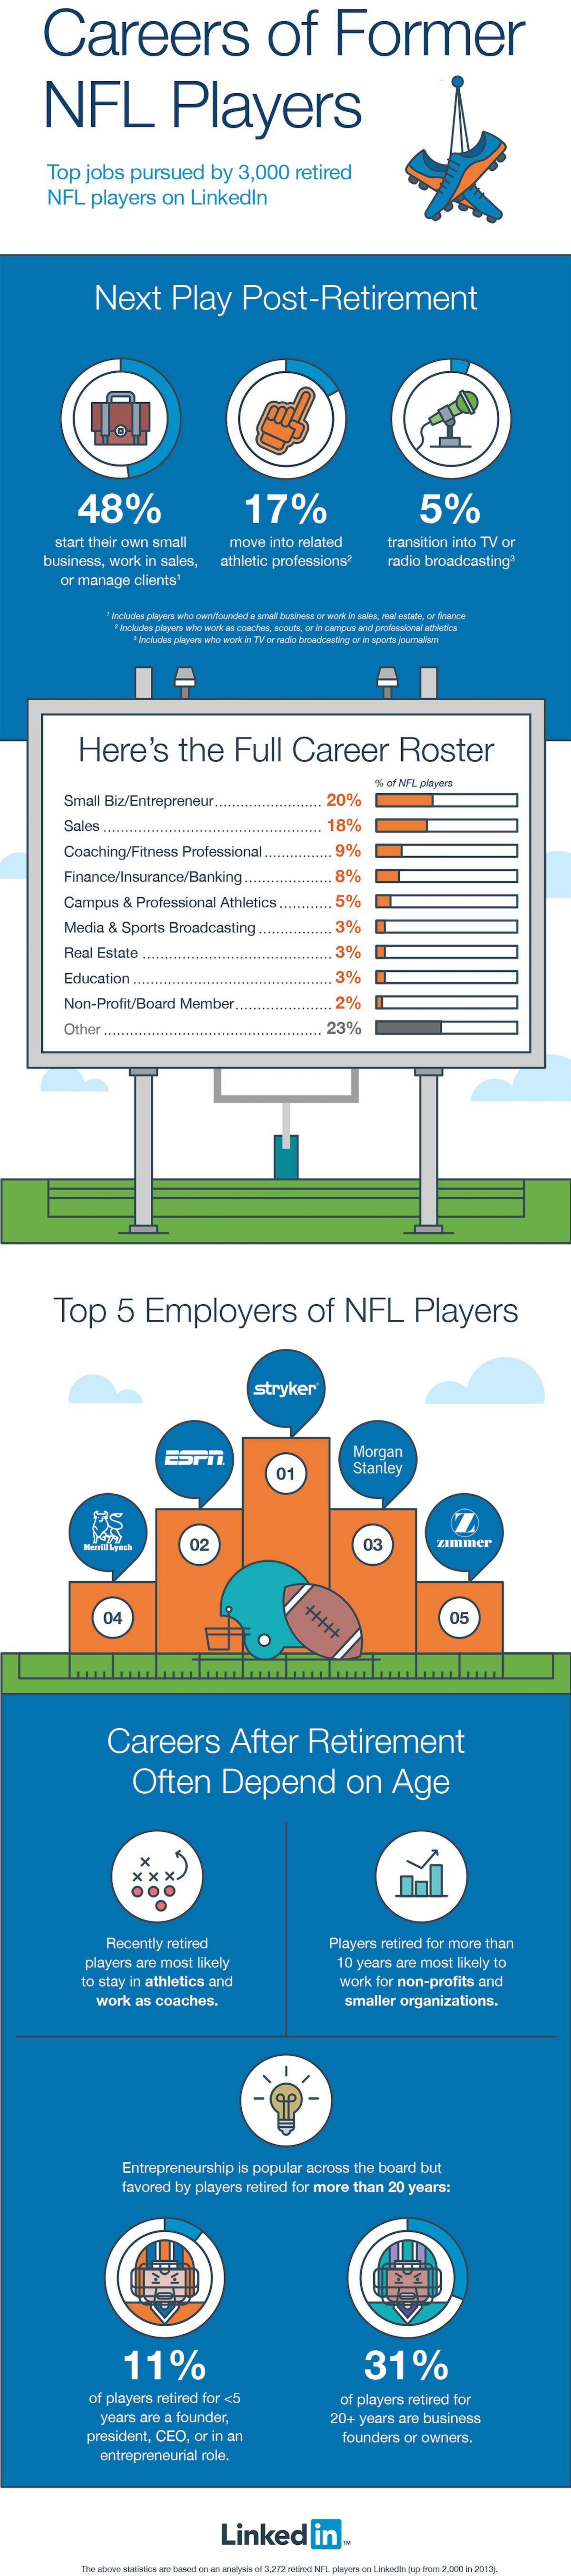
Careers    of    Former
     NFL    Players
     Top    jobs    pursued    by    3,000    retired
     NFL    players    on    Linkedin
     Next    Play    Post-Retirement
     Vol
     48%    17%    5%
     start their  own    small    move    into  related
     business,    work    in sales,
     transition   into   TV  or
     athletic  professions?    radio   broadcasting'
     or manage    clients'
     " Includes players acho owofounded a sowil' business or work in saint, mal esteen, or Sucos
     a Includes players acho work as coaches, scouts, or in cacspus and pinlesslocal attivies
     1 Inchdes plegers abe work lo TV' or radio broadcasting or in sports joomalies
     Here's    the    Full    Career    Roster
     % of NFL playart
     Small   Biz/Entrepreneur.    20%
     Sales  ..    18%
     Coaching/Fitness    Professional    9%
     Finance/Insurance/Banking.    ..... 8%
     Campus    &  Professional    Athletics    ..    5%
     Media    & Sports    Broadcasting    ......    3%
     Real  Estate    3%
     Education    ..    .. 3%
     Non-Profit/Board    Member    ..    2%
     Other   ..    23%
     Top    5    Employers    of    NFL    Players
     stryker
     ESPIL.    Morgan
     01    Stanley
     02    03    zimmer
     04    +++++    05
     Careers    After    Retirement
     Often    Depend    on    Age
     Recently    retired    Players    retired   for  more   than
     players    are  most    likely    10 years   are   most   likely  to
     to stay  in  athletics    and    work   for  non-profits    and
     work    as coaches.    smaller    organizations.
     Entrepreneurship    is popular    across    the  board    but
     favored    by  players    retired   for more    than    20  years:
     11%    31%
     of players    retired  for  <5    of players    retired   for
     years   are   a founder,
     president,    CEO,    or  in an
     20+   years   are  business
     founders    or  owners.
     entrepreneurial    role.
     Linked    in